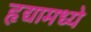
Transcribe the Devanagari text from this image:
हृद्यामध्ये